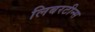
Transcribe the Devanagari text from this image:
लिबरटीन्स